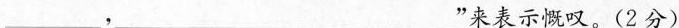
___，___”来表示慨叹。(2分)